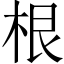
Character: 根